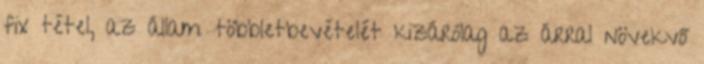
fix tétel, az állam többletbevételét kizárólag az árral növekvő